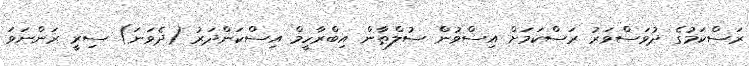
ރަސްކަމުގެ ދުވަސްވަރު ރަސްކަމަށް އިސްވުން ސުލްޠާން އިބްރާހީމް އިސްކަންދަރު (ދެވަނަ) ސިރީ ރަންނަވަ